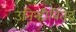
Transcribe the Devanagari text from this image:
उनिन्हीबितेद